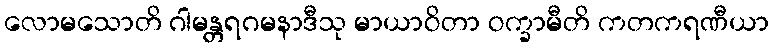
လောမသောတိ ဂါမန္တရဂမနာဒီသု မာယာဝိတာ ဝက္ခာမီတိ ကတကရဏီယာ